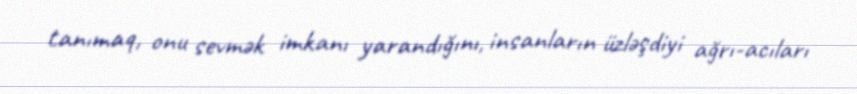
tanımaq, onu sevmək imkanı yarandığını, insanların üzləşdiyi ağrı-acıları